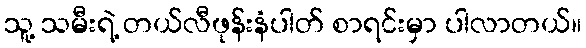
သူ့ သမီးရဲ့ တယ်လီဖုန်းနံပါတ် စာရင်းမှာ ပါလာတယ်။